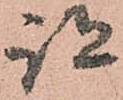
跡